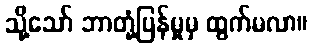
သို့သော် ဘာတုံ့ပြန်မှုမှ ထွက်မလာ။